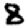
Digit: 8